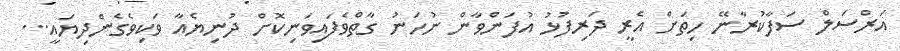
އަރްސަލް ސަފާކުރާނޭ ހިތަށް އެރީ ދަރިފުޅު އުފަންވާން ނުހަނު ގާތްވެފައިވަނިކޮށް ދުނިޔެއާ ވަކިވެގެންދިޔައީ...